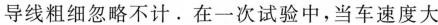
导线粗细忽略不计。在一次试验中，当车速度大